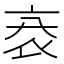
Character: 𧘙